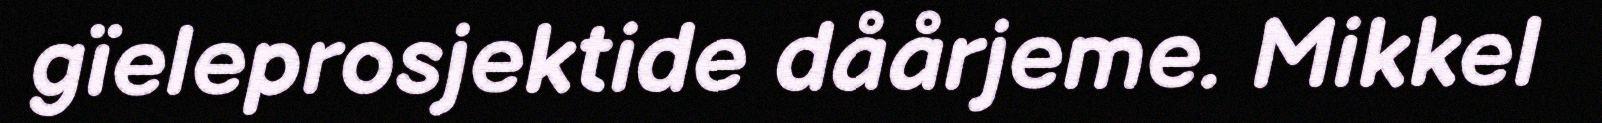
gïeleprosjektide dåårjeme. Mikkel